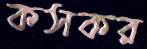
কসকর